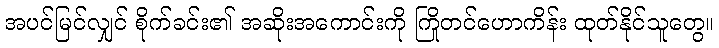
အပင်မြင်လျှင် စိုက်ခင်း၏ အဆိုးအကောင်းကို ကြိုတင်ဟောကိန်း ထုတ်နိုင်သူတွေ။